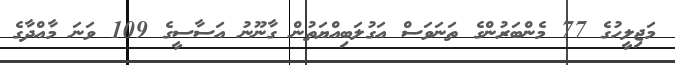
މަޖިލީހުގެ 77 މެންބަރުންގެ ތަނަވަސް އަގުލަބިއްޔަތުން ގާނޫނު އަސާސީގެ 109 ވަނަ މާއްދާގެ